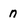
Character: n